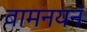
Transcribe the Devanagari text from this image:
वामनयनं